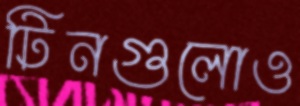
টিনগুলোও